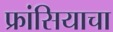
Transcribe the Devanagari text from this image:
फ्रांसियाचा